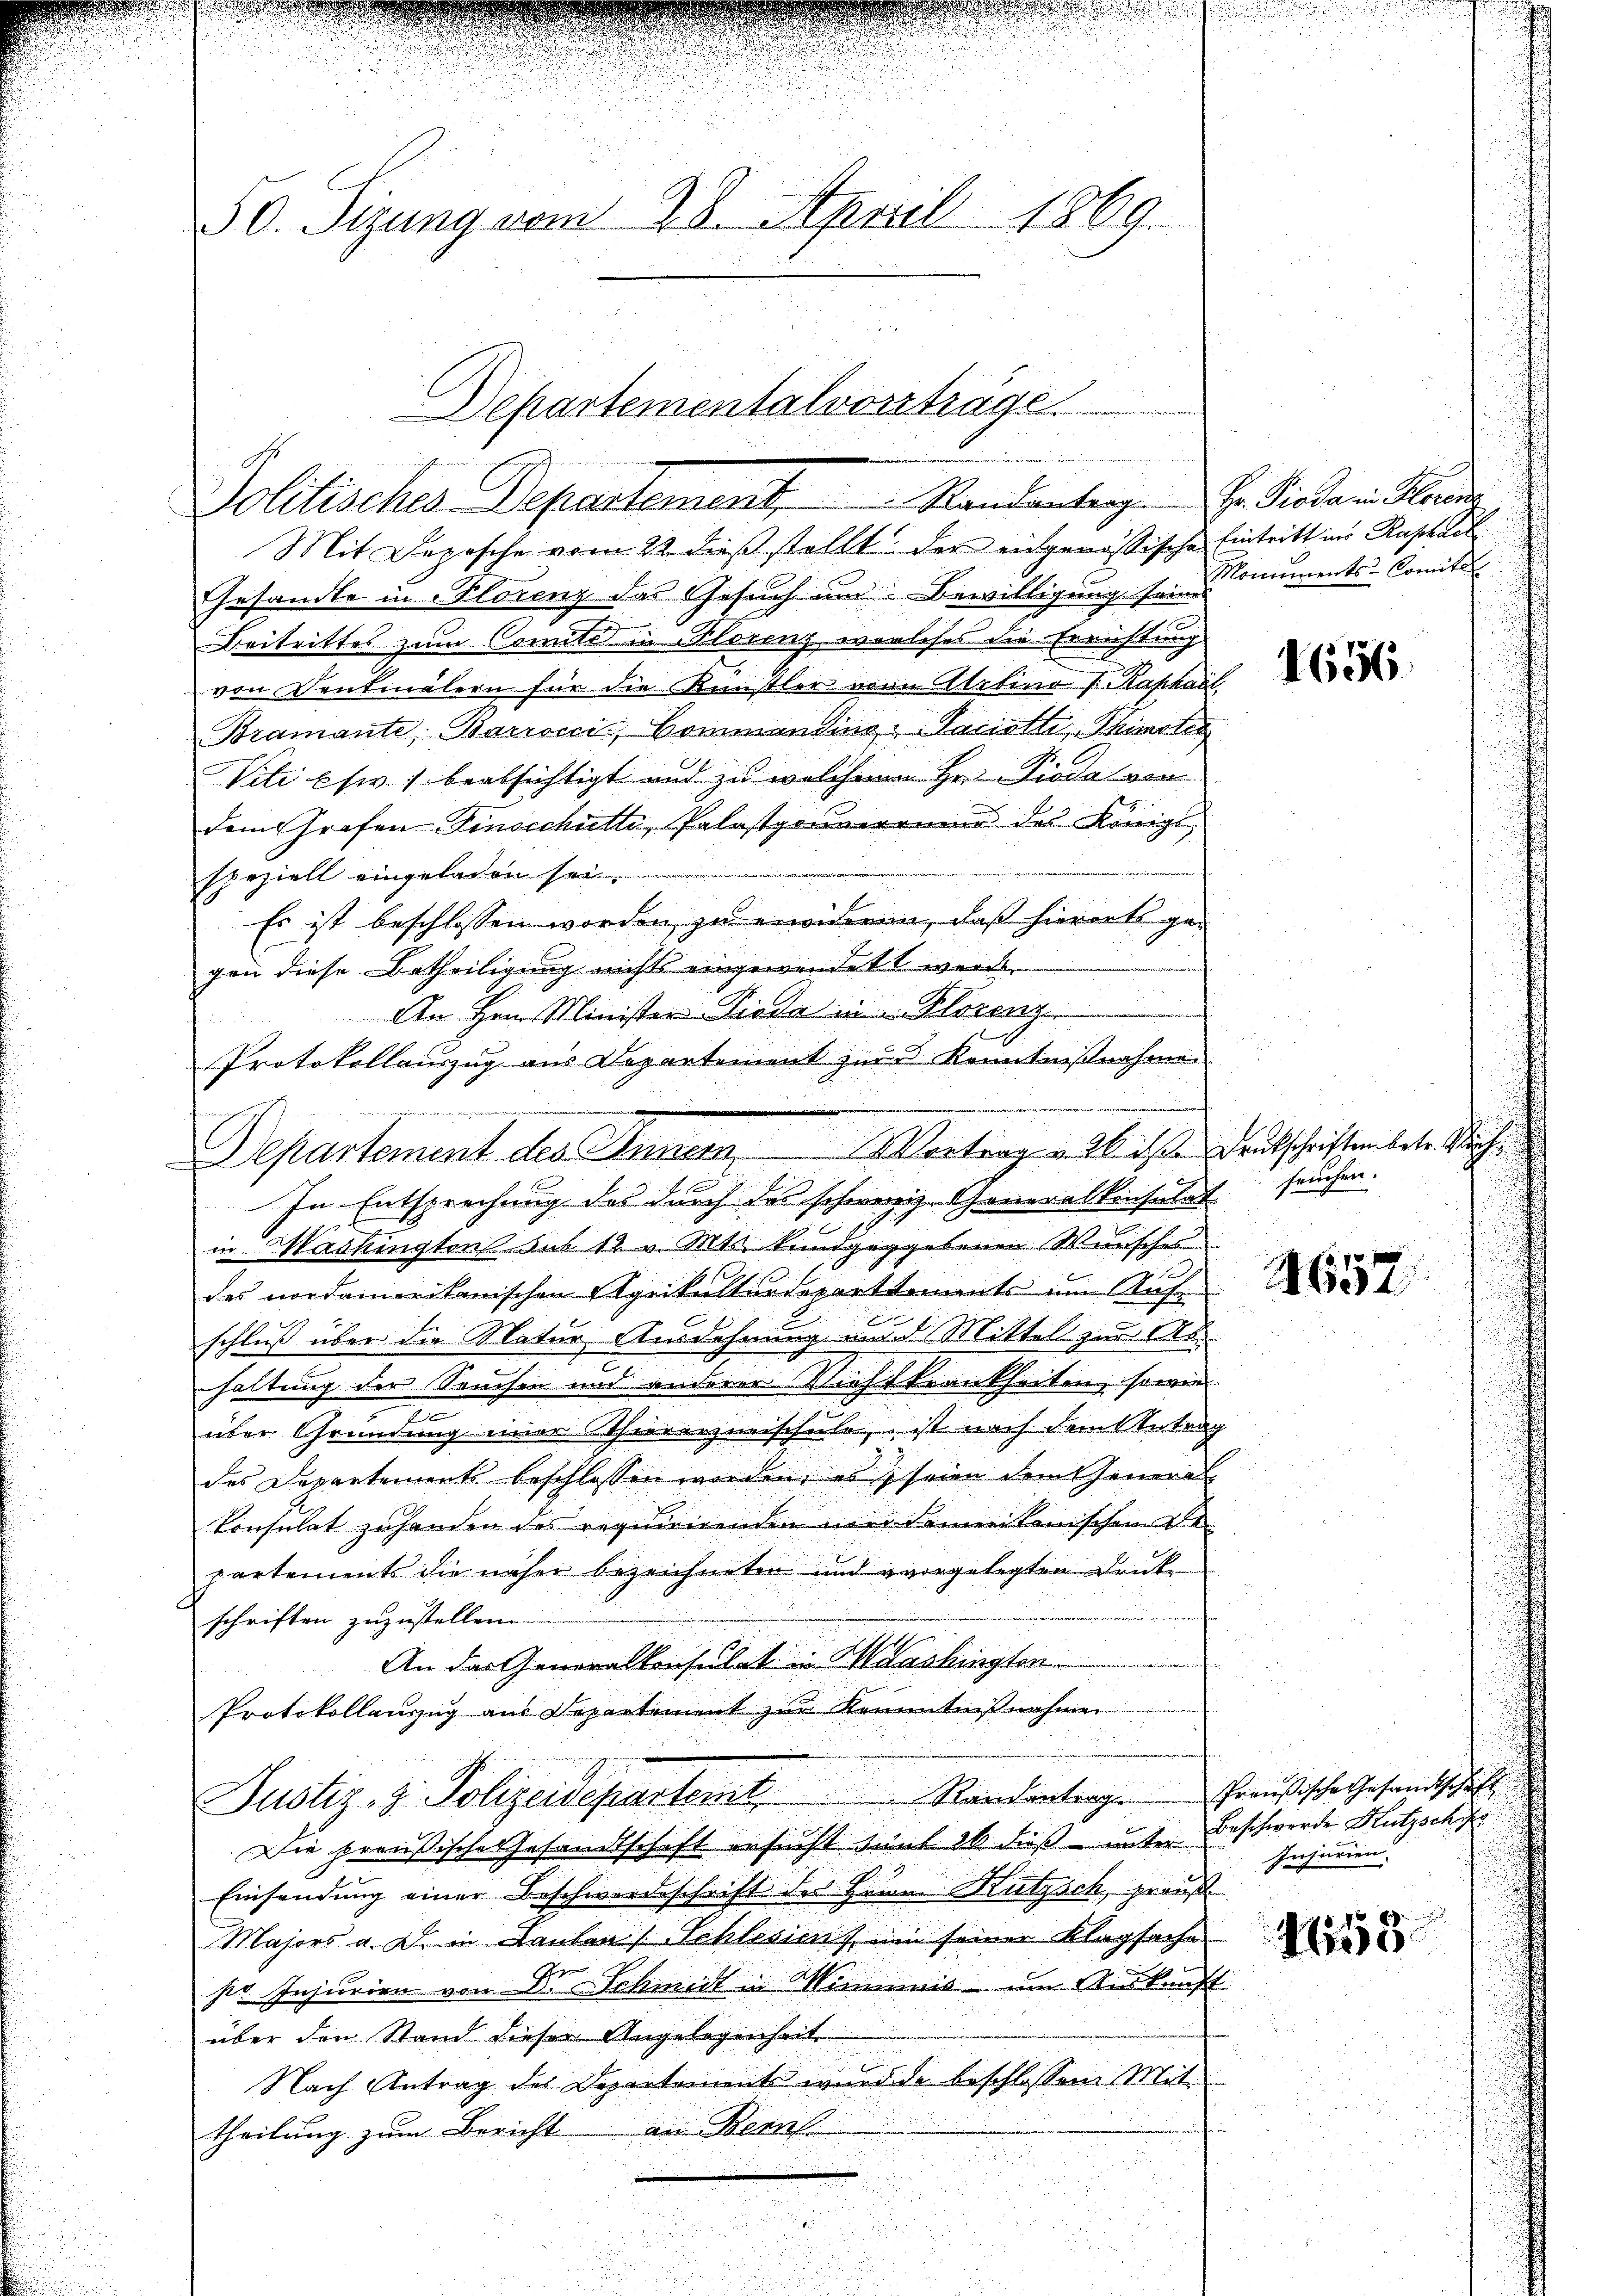
50. Sizung vom 28. April 1869.

Mit Deposche vom 22. dieß stellt der eidgenössische Eintritt in Raphael
Gesandte in Florenz das Gesuch um Bewilligung sein Somments-Comitel
Beitrittes zum Comité in Florenz, welches die Errichtung
von Denkmälern für die Künstler von Artino Paphael
Bramante, Barrocci, Commanding-Paciotti, Thimster
Viti psw.) beabsichtigt und zu welchem Hr. Pioda von
dem Grafen Einsschütte, Palastaunerrain des Königs
speziell eingeladen sei.
Es ist beschlossen worden zu erwiderin, daß hierorts gegen diese Betheiligung nichts eingewendet werde.
An Hrn. Minister Tiede in Florenz
Protokollauszug aus Departement zur 3 Kenntnißnahmen
s
In Entsprechung des durch des schweiz. Generalkonsulat
in Washington sub 12 v. Mts. kundgeggebenen Wunsches
H
des nordamerikanischen Agrikulturdeparttements um Aufschluß über die Natur Ausdehnung und Mittel zur Abhaltung der Seuchen und anderer Nichtkrankheiten, sowie
über Gründung einer Thierarzneischule, ist nach dem Antrag
des Departements beschlossen werden, es seien dem General-
konsulat zuhanden des requirirenden von Somerikanischen Bepartements die näher bezeichneten und vorgelegten Drucke
schriften zuzustellen
An das Generalkonsulat u. Washingten
Protokollauszug aus Departement zur Kenntnißnahmen
Justiz- & Polizeideparteme.  ..  Randentrag Preußische Gesandtschaft
Die preußische Gesandtschaft ersucht sind 26 dieß unter Beschwerde Kutzschu
Einsendung einer Beschwerdeschrift des Herrn Kutzsch, grauß
Majors a. D. in Lauten /: Schlesiens, ein seiner Klagsache
sr. Injurien von Dr. Schmeit in Minimnis um Auskunft
über den Stand dieser Angelegenheit
Nach Antrag des Departement wurde beschlossen Mittheilung zum Bericht an Bernh

Departementalvorträge
Politisches Departement           Randantrag. Hr. Piodann Hande

Departement des Innern, Vortrag v. Wasse Deutschriftendete Siche

1656

u
fruchen.

4657

Injurien.

f
A